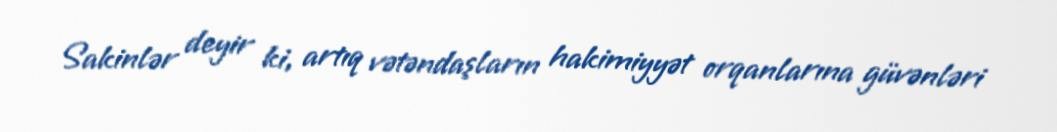
Sakinlər deyir ki, artıq vətəndaşların hakimiyyət orqanlarına güvənləri